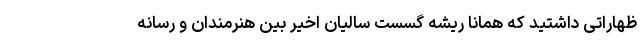
ظهاراتی داشتید که همانا ریشه گسست سالیان اخیر بین هنرمندان و رسانه